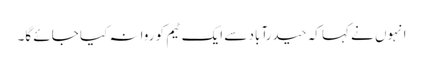
انہوں نے کہا کہ حیدرآباد سے ایک ٹیم کو روانہ کیا جائے گا۔